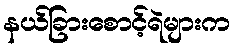
နယ်ခြားစောင့်ရဲများက